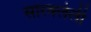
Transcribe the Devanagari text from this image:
सारवलेली